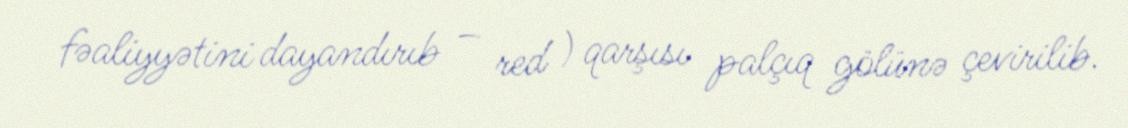
fəaliyyətini dayandırıb – red ) qarşısı palçıq gölünə çevirilib.